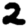
Digit: 2